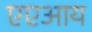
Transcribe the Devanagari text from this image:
एएआय